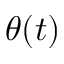
\theta ( t )